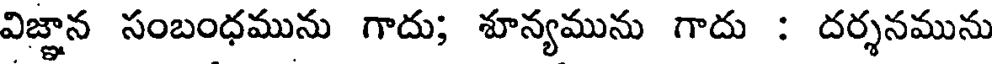
విజ్ఞాన సంబంధమును గాదు; శూన్యమును గాదు : దర్శనమును